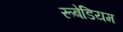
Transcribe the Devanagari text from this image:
रूबेडियम